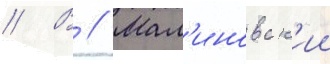
// В // Мал'иновск'ии